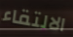
الالتقاء